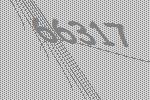
66317